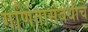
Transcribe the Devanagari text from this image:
गणितासंबंधीचे